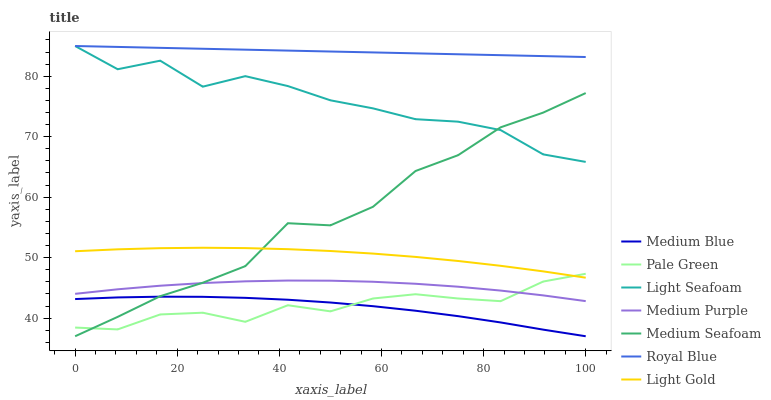
| xaxis_label | Medium Blue | Pale Green | Light Seafoam | Medium Purple | Medium Seafoam | Royal Blue | Light Gold |
 | --- | --- | --- | --- | --- | --- | --- | --- |
 | 0 | 43.2 | 38.4 | 85 | 44 | 37 | 85 | 51.1 |
 | 8.33 | 43.4 | 38.1 | 81.2 | 44.8 | 40.2 | 84.8 | 51.4 |
 | 16.7 | 43.5 | 40.6 | 82.6 | 45.4 | 43.6 | 84.7 | 51.6 |
 | 25 | 43.5 | 40.9 | 78.3 | 45.8 | 45.9 | 84.5 | 51.6 |
 | 33.3 | 43.4 | 39.4 | 80 | 46.1 | 48.6 | 84.4 | 51.6 |
 | 41.7 | 43 | 42.1 | 78.4 | 46.2 | 55.7 | 84.2 | 51.4 |
 | 50 | 42.6 | 41.1 | 76 | 46.2 | 55.3 | 84.1 | 51.1 |
 | 58.3 | 42 | 43.2 | 74.7 | 46 | 58.4 | 83.9 | 50.7 |
 | 66.7 | 41.2 | 44 | 72.9 | 45.7 | 64.3 | 83.8 | 50.1 |
 | 75 | 40.3 | 43.2 | 72.5 | 45.2 | 66.9 | 83.6 | 49.4 |
 | 83.3 | 39.3 | 42.8 | 71.1 | 44.6 | 71.6 | 83.5 | 48.7 |
 | 91.7 | 38.1 | 46 | 67.1 | 43.8 | 74 | 83.3 | 47.7 |
 | 100 | 37 | 47.3 | 65.8 | 42.8 | 77.2 | 83.2 | 46.7 |